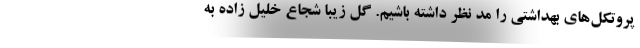
پروتکل‌های بهداشتی را مد نظر داشته باشیم. گل زیبا شجاع خلیل زاده به